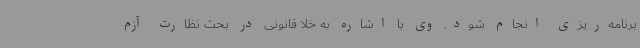
برنامه‌ریزی انجام شود. وی با اشاره به خلا قانونی در بحث نظارت آزم